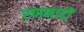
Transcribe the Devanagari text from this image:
रणनादों